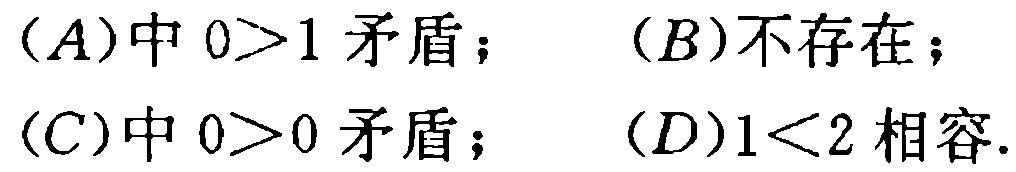
(A)中 \(0>1\) 矛盾；  (B)不存在；
(C)中 \(0>0\) 矛盾；  (D)\(1<2\) 相容.